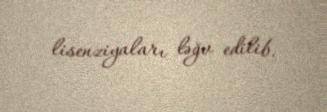
lisenziyaları ləğv edilib.